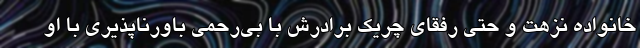
خانواده نزهت و حتي رفقای چريك برادرش با بي‌رحمی باورناپذيری با او